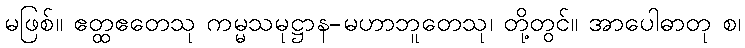
မဖြစ်။ ဧတ္ထဧတေသု ကမ္မသမုဋ္ဌာန-မဟာဘူတေသု၊ တို့တွင်။ အာပေါဓာတု စ၊